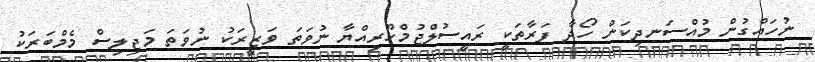
ނުހައްގުން މުއްސަނދިކަން ހޯދާ ފަރާތަކީ ރައީސުލްޖުމްހޫރިއްޔާ ނުވަތަ ވަޒީރަކު ނުވަތަ މަޖިލިސް މެމްބަރަކު